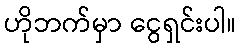
ဟိုဘက်မှာ ငွေရှင်းပါ။